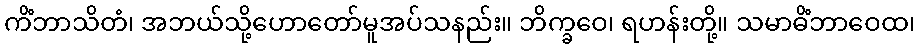
ကိံဘာသိတံ၊ အဘယ်သို့ဟောတော်မူအပ်သနည်း။ ဘိက္ခဝေ၊ ရဟန်းတို့။ သမာဓိံဘာဝေထ၊